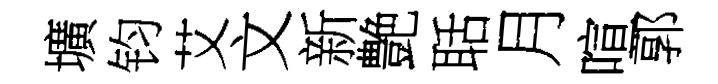
壙钧艾文新艶聒月喧郭